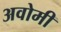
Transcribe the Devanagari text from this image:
अवोमी